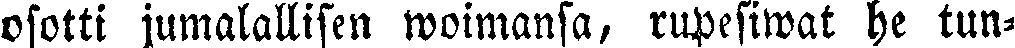
osotti jumalallisen woimansa, rupesiwat he tun-